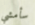
سأمشي